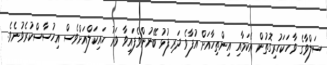
ސަލްވާގެ ވާހަކަހުރިގޮތުން އެކަމާއި އިންތިހާއަށް އުފާވެ ދަރިފުޅު ބޭނުންވެފައިވާ ވަރު ހައިކަލްއަށްވެސް އިހުސާސްކުރެވުނެވެ.